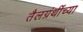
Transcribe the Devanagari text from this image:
तैलग्रंथींच्या